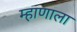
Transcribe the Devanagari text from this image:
म्हाणाला